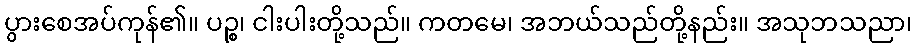
ပွားစေအပ်ကုန်၏။ ပဉ္စ၊ ငါးပါးတို့သည်။ ကတမေ၊ အဘယ်သည်တို့နည်း။ အသုဘသညာ၊